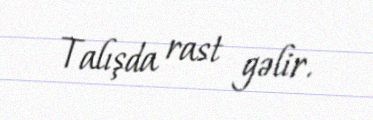
Talışda rast gəlir.